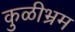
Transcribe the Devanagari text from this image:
कुळीभ्रम